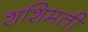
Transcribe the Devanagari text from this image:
शशिमती